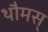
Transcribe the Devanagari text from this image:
थौमस्